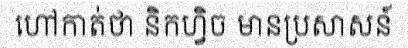
ហៅកាត់ថា និកហ្វិច មានប្រសាសន៍